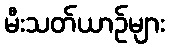
မီးသတ်ယာဉ်များ